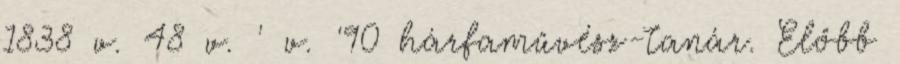
1838 v. 48 v. ' v. '90 hárfaművész-tanár. Előbb